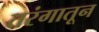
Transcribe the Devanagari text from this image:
तरंगातून